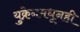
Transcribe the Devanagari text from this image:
युक्रेनमधूनही